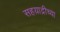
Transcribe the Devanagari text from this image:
सहय़ाद्रीच्या